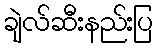
ချဲလ်ဆီးနည်းပြ